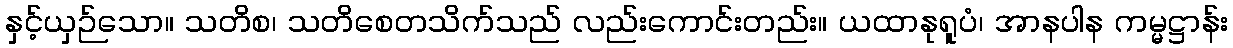
နှင့်ယှဉ်သော။ သတိစ၊ သတိစေတသိက်သည် လည်းကောင်းတည်း။ ယထာနုရူပံ၊ အာနပါန ကမ္မဋ္ဌာန်း